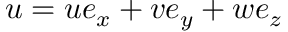
\boldsymbol { u } = u \boldsymbol { e } _ { x } + v \boldsymbol { e } _ { y } + w \boldsymbol { e } _ { z }